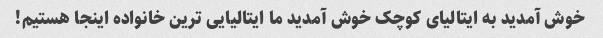
خوش آمدید به ایتالیای کوچک خوش آمدید ما ایتالیایی ترین خانواده اینجا هستیم!